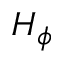
H _ { \phi }